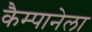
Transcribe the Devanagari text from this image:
कैम्पानेला